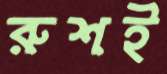
রুশই